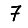
Digit: 7